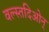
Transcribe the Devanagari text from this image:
वल्स्तदिओन्